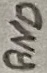
Text: GND